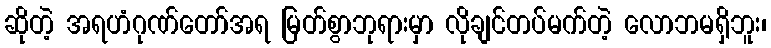
ဆိုတဲ့ အရဟံဂုဏ်တော်အရ မြတ်စွာဘုရားမှာ လိုချင်တပ်မက်တဲ့ လောဘမရှိဘူး၊